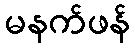
မနက်ဖန်